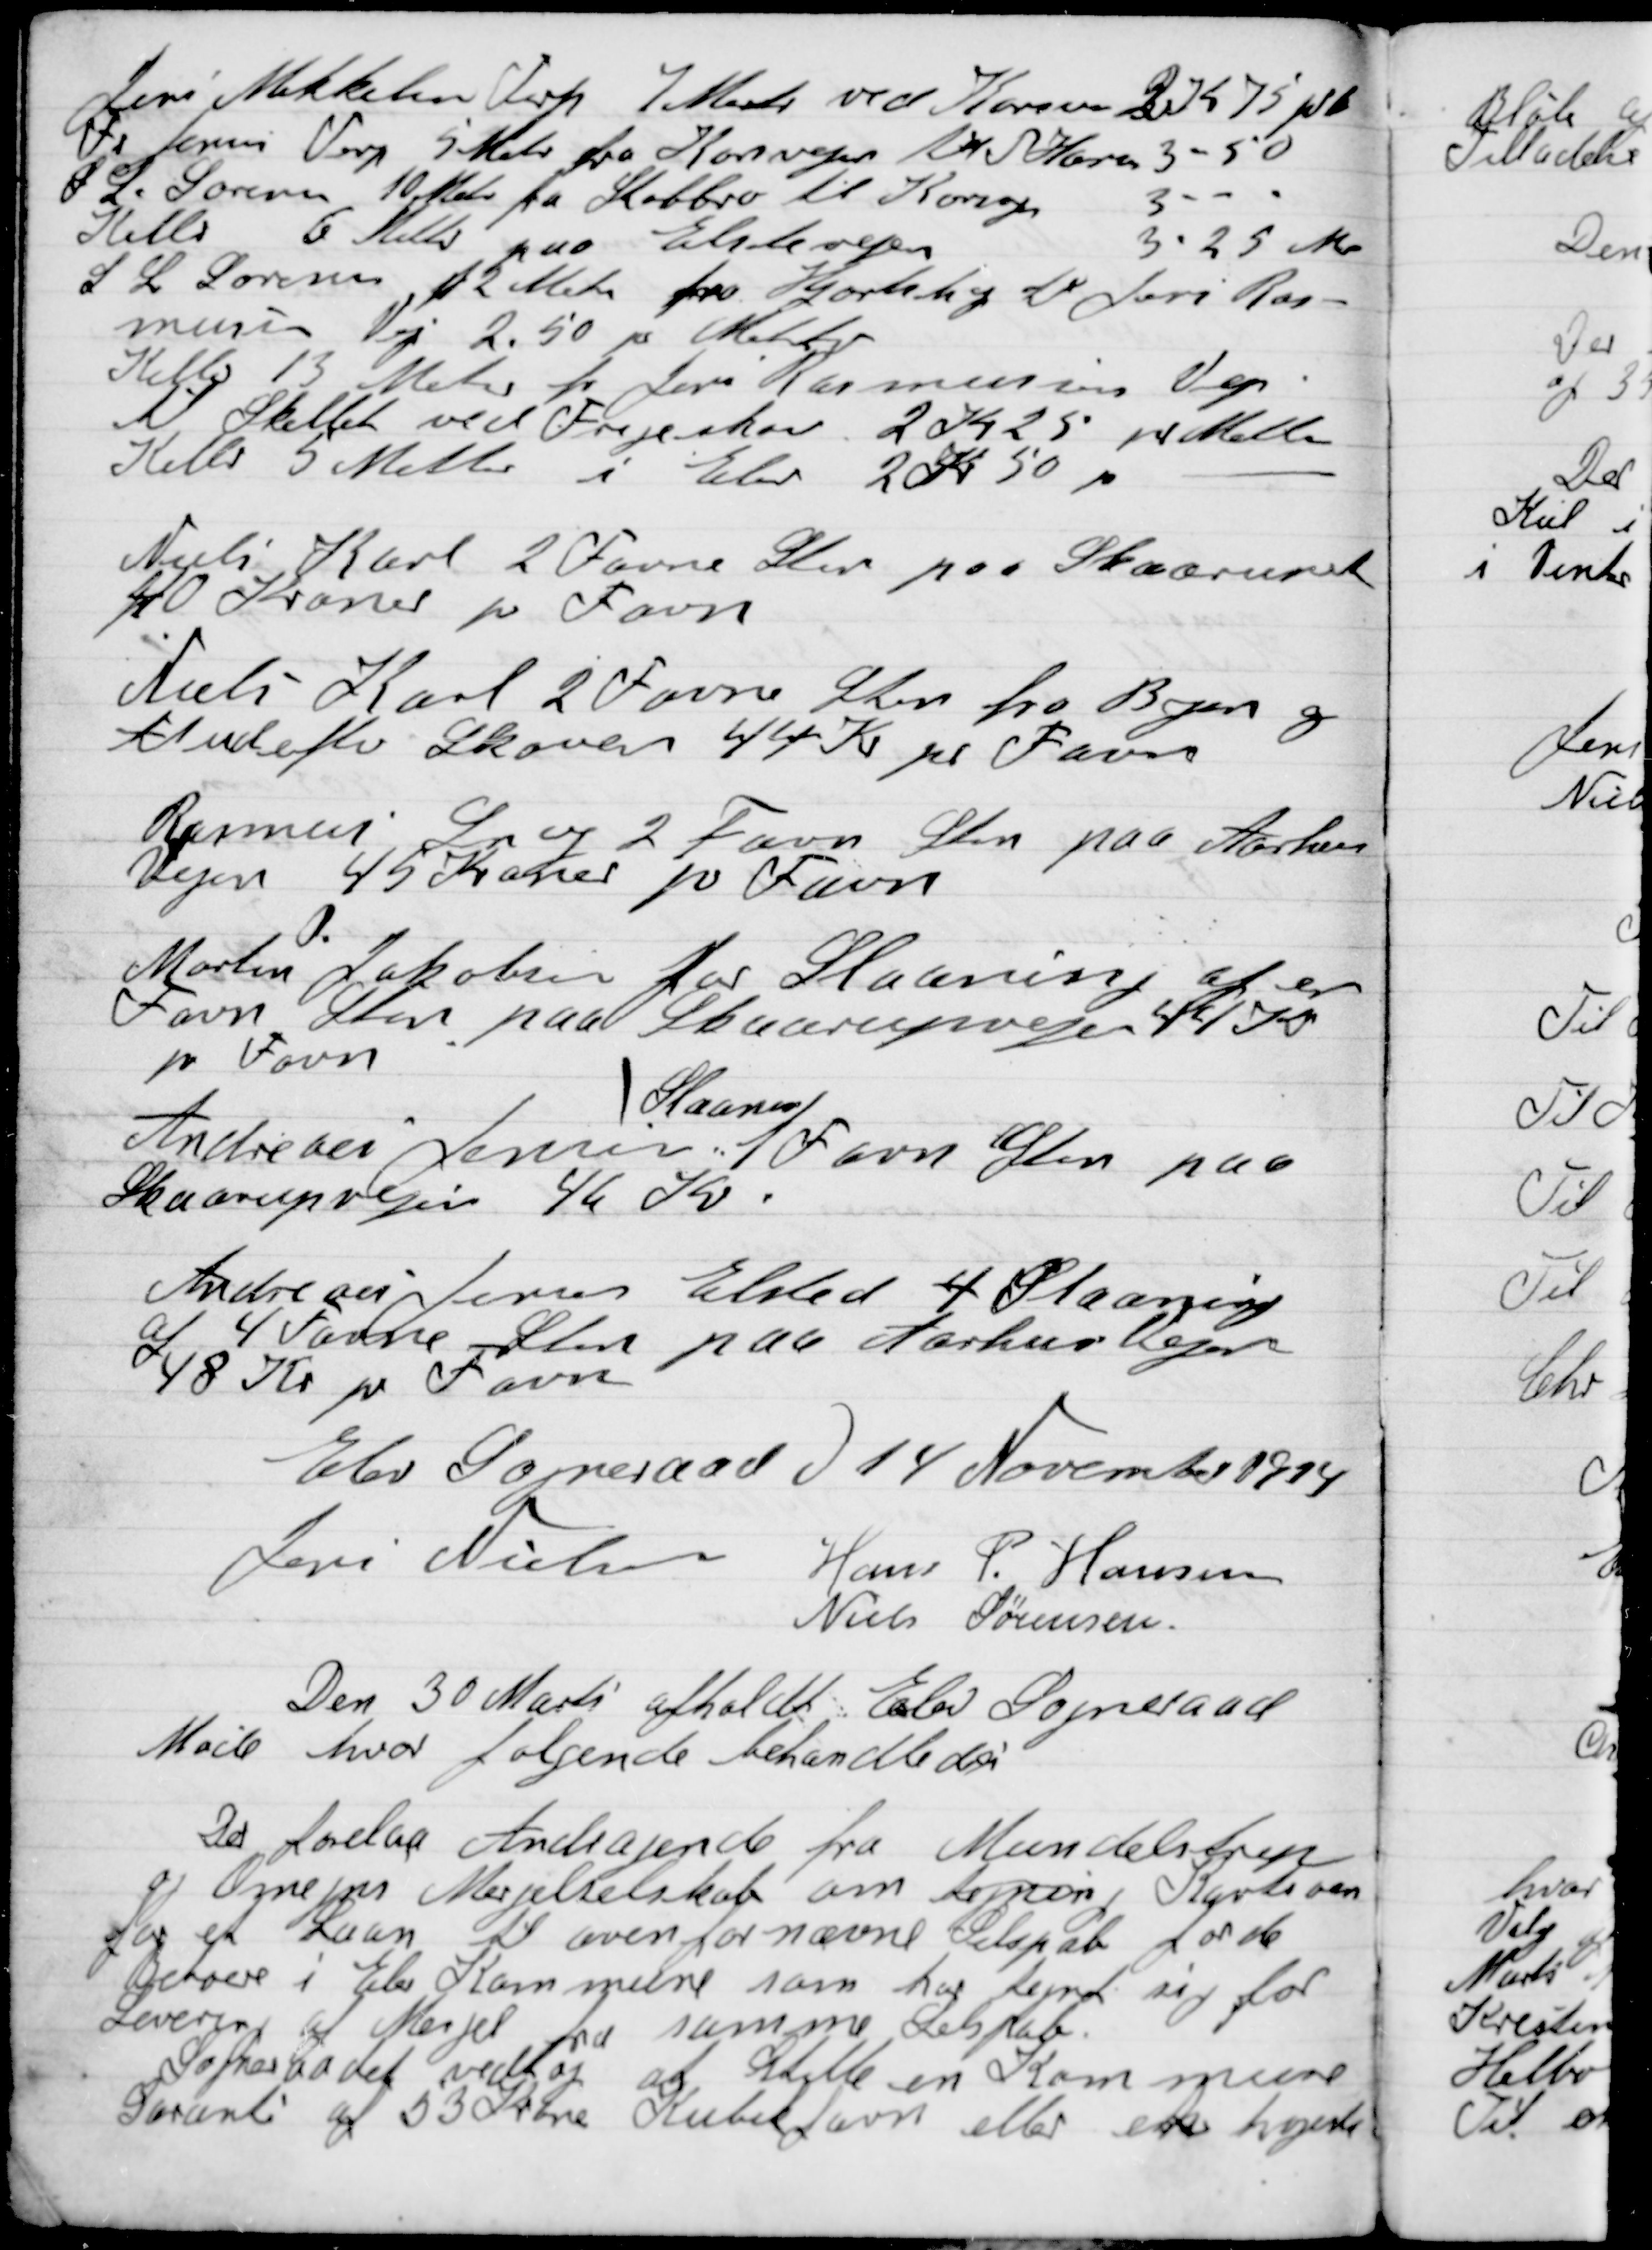
Transskription:
Jens Mikkelsen Terp 7 Meter ved Kroner til 				4 - 75 kr. pr
Fr. Jensen Terp 5 Meter fra Korsvejen til Horen			3 - 50
S.L. Sørensen 10 Meter fra Helbro til Korsvej			3 - 00
Helbo 6 Meter paa Elstedvejen.
S.L. Sørensen 2 Meter fra Hjortshøj til Jens Ras-
mussen Vej 2.50 pr Meter
Helbo 13 Meter fra Jens Rasmussens Vej
Til skellet ved Frejeskov	2 Kr. 25 pr Meter
Helbo 5 Meter i Elev			2 Kr. 50 –

Niels Karl 2 Favn Sten paa Skaarupvej
40 Kroner pr Favn.

Niels Karl 2 Favn Sten fra Byen og
til udefter Skoven 44 Kr pr Favn

Rasmus Lavej 2 Favn Sten paa Aarhus
Vejen 45 Kroner pr Favn

Martin P. Jakobsen for Slaaning af en
Favn sten paa Skaarupvejen 44 Kr
pr Favn

Slaaning
Andreas Jensen Slaaning 1 Favn Sten paa
Skarupvejen 46 Kr.

Andreas Jensen Elsted 4 Slaaning
af 4 Favne Sten paa Aarhus Vejen
48 Kr. pr. Favn.

Elev Sogneraad D. 14 November 1924

Jens Nielsen
Hans P. Hansen
Niels Sørensen.

Den 30 Marts afholdt Elev Sogneraad
Møde hvor følgende behandledes.

Der forelaa andragende Mundelstrup
og Omegn Mergelselskab om termin Kaution
for et Laan til Ovenfornævnte Selskab første
Derboere i Elev Kommune som har termin sig for
Levering af Mergel fra samme Selskab.
Sogneraadet vedtog at Stille en Kommune
Garanti af 53 Kroner Kubikfavn eller en højeste